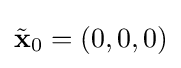
{\tilde {\mathbf {x} }}_{0}=(0,0,0)